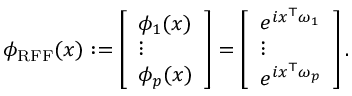
\phi _ { \mathrm { R F F } } ( x ) : = \left[ \begin{array} { l } { \phi _ { 1 } ( x ) } \\ { \vdots } \\ { \phi _ { p } ( x ) } \end{array} \right] = \left[ \begin{array} { l } { e ^ { i x ^ { \top } \omega _ { 1 } } } \\ { \vdots } \\ { e ^ { i x ^ { \top } \omega _ { p } } } \end{array} \right] .